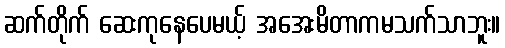
ဆက်တိုက် ဆေးကုနေပေမယ့် အအေးမိတာကမသက်သာဘူး။